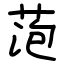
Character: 萢